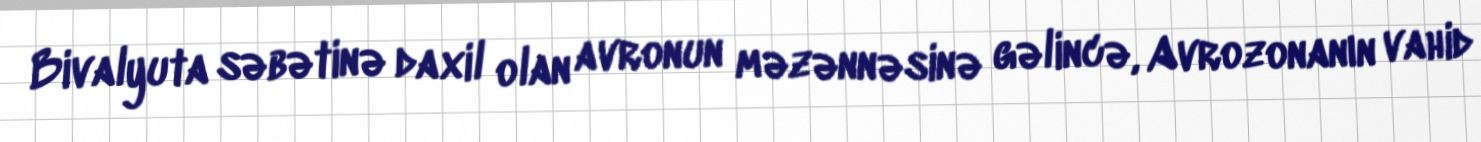
Bivalyuta səbətinə daxil olan avronun məzənnəsinə gəlincə, Avrozonanın vahid